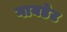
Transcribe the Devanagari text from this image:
गायडेट